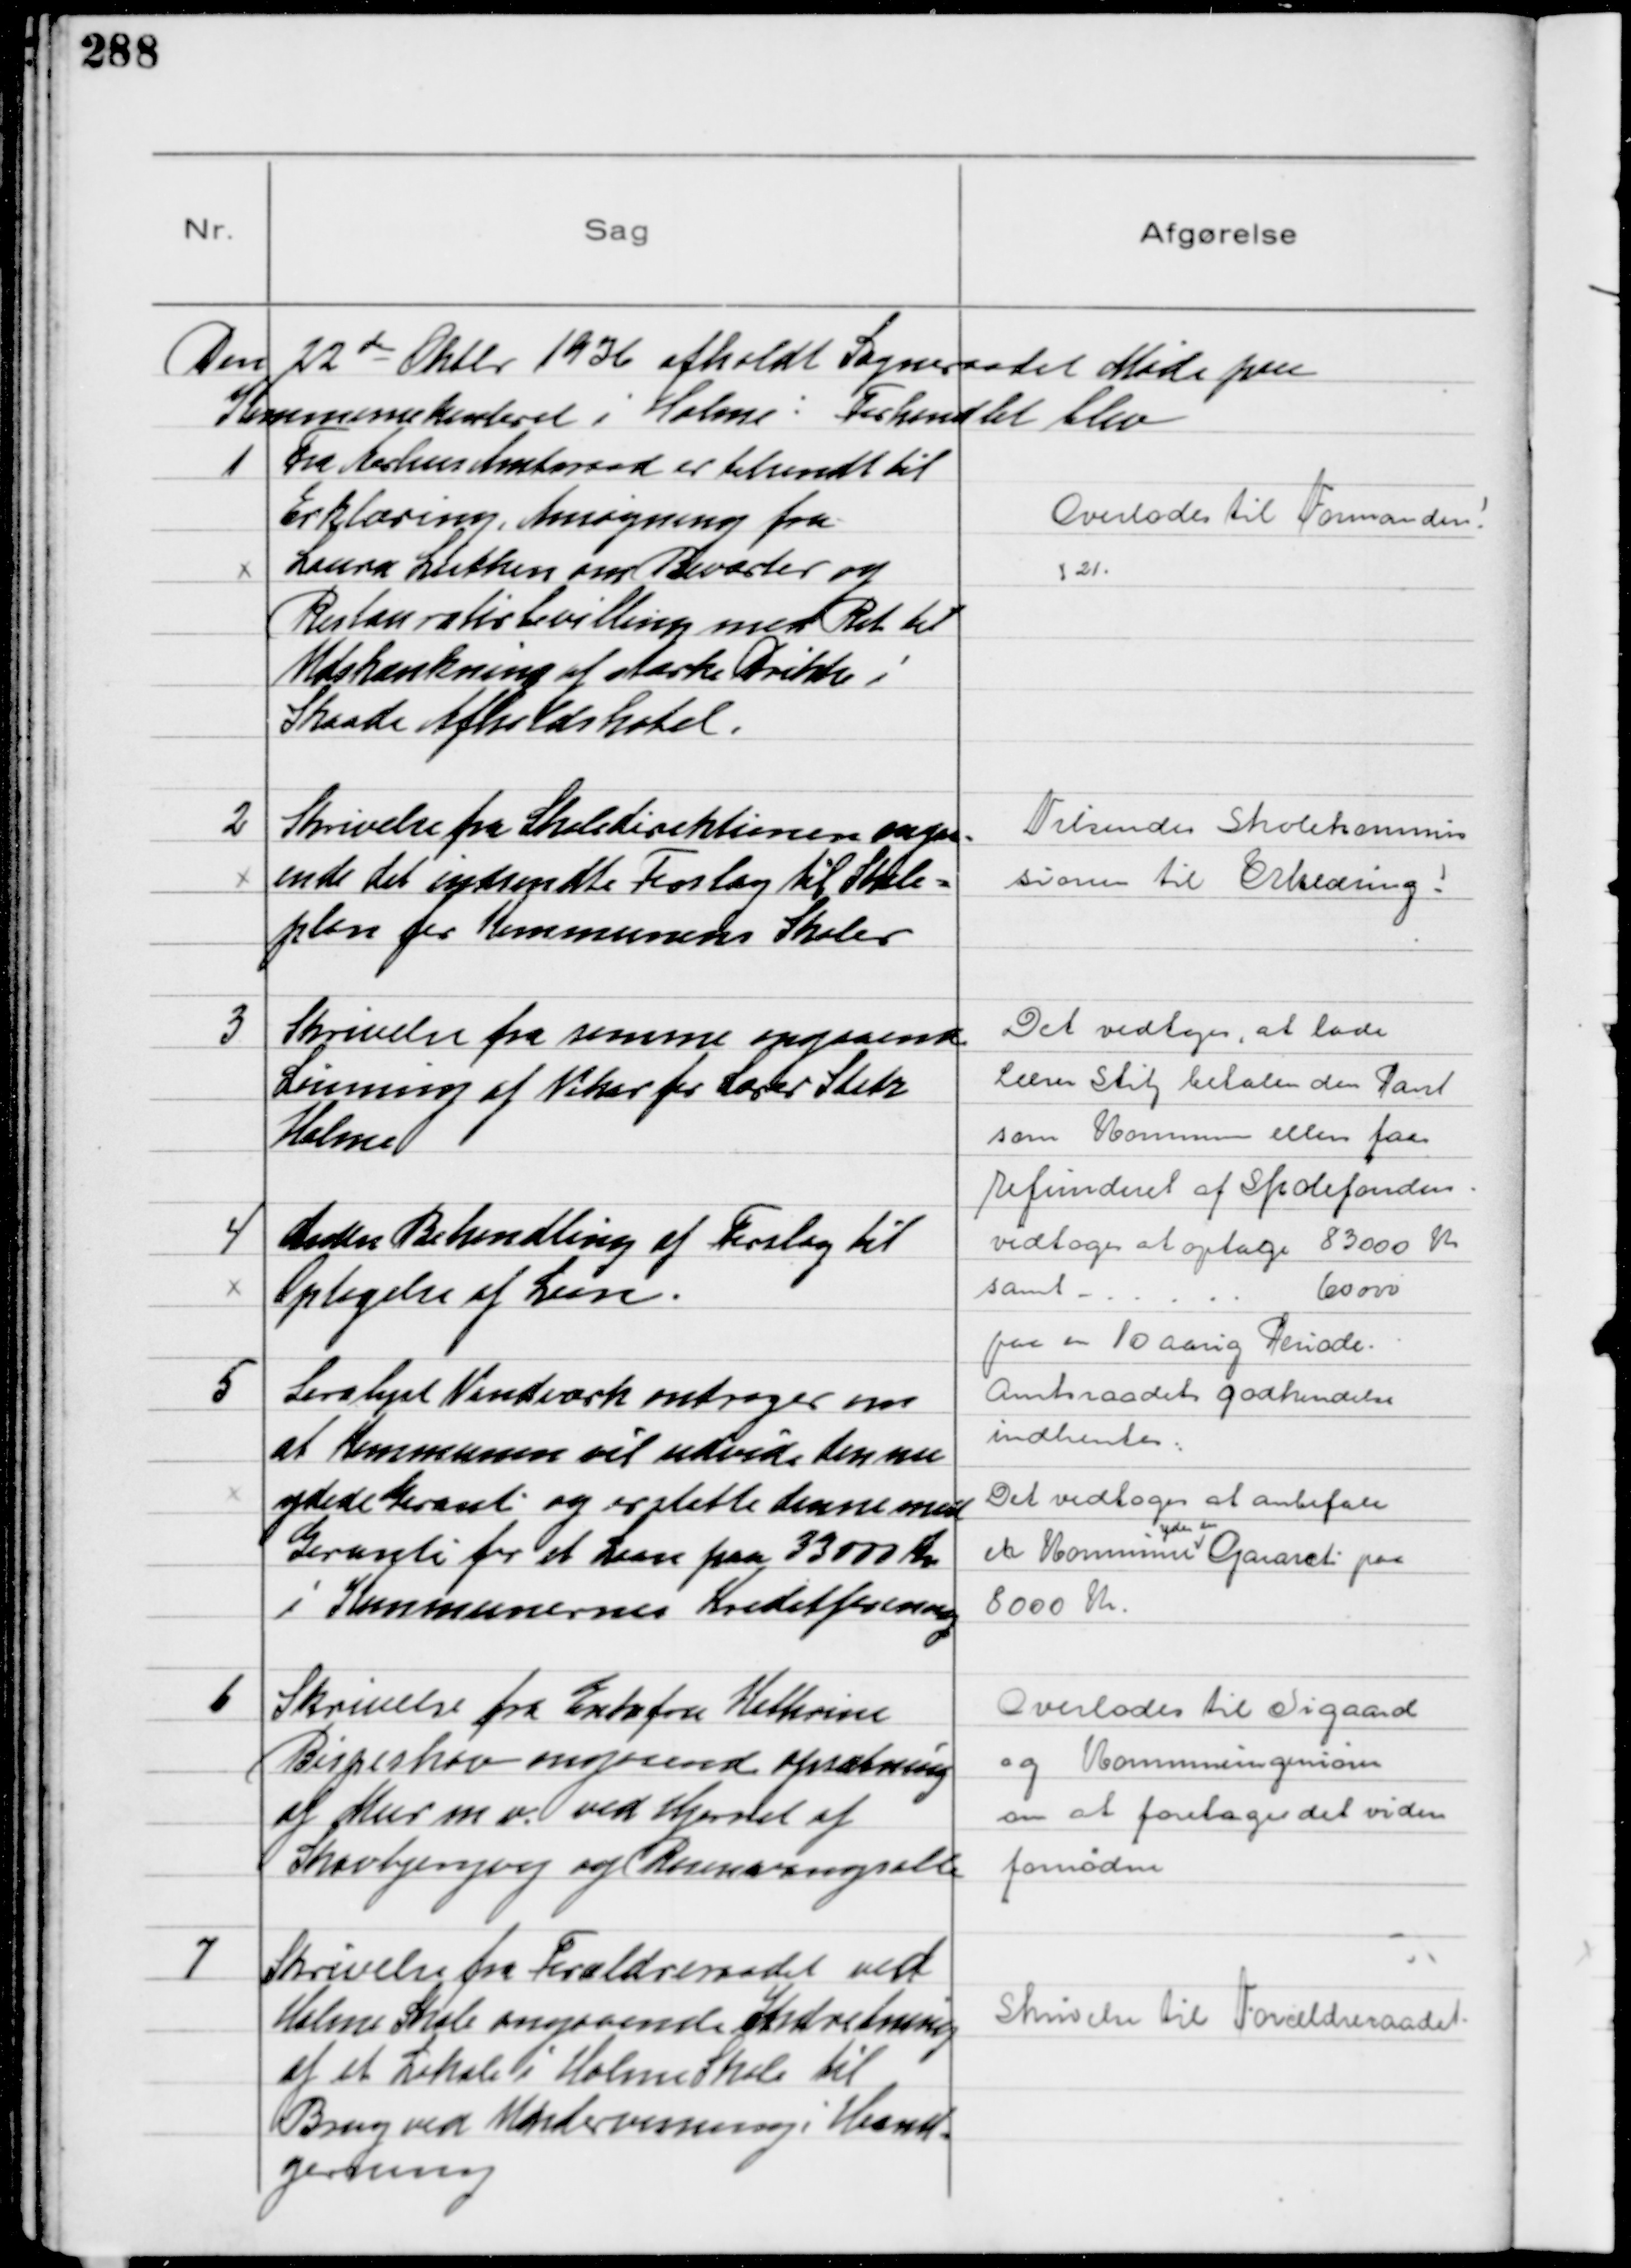
Transskription:
Den 22 de Oktbr 1936 afholdt Sogneraadet Møde paa
Kommunekontoret i Holme: Forhandlet blev

1
Fra Aarhus Amtsraad er tilsendt til
Erklæring Ansøgning fra
Laura Lytken om Beværter og
Restauratørbevilling med Ret til
Udskænkning af stærke Drikke i
Skaade Afholdshotel.

Overlodes til Formanden
s 21.

2
Skrivelse fra Skoledirektionen angaa-
ende det indsendte Forslag til Skole-
plan for Kommunens Skoler

Tilsendes Skolekommis
sionen til Erklæring!

3
Skrivelse fra samme angaaende
Lønning af Vikar for Lærer Stitz
Holme

Det vedtoges at lade
Lærer Stitz betale den Part
som Kommunen ellers faar
Refunderet af Skolefonden

4
Anden Behandling af Forslag til
Optagelse af Laan.

vedtoges at optage 83000 Kr
samt - ..... 60000
paa en 10 Aarig Periode
Amtsraadets godkendelse
indhentes

5
Saralyst Vandværk andrager om
at Kommunen vil udvide den nu
ydede Garanti og erstatte denne med
Garanti for et Laan paa 33000 Kr
i Kommunernes Kreditforening

Det vedtoges at anbefale
at Kommunen
yder en
Garanti paa
8000 Kr.

6
Skrivelse fra Enkefru Kathrine
Bispeskov angaaende opsætning
af Mur m v. ved Hjørnet af
Skovbjergvej og Rosenvangsalle

Overlodes til Sigaard
og Kommuneingeniøren
om at foretage det videre
fornødne

7
Skrivelse fra Forældreraadet ved
Holme Skole angaaende Indretning
af et Lokale i Holme Skole til
Brug ved Undervisning i Haand-
gerning

Skrivelse til Forældreraadet